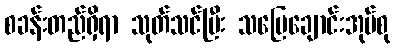
စခန်းတည်ရှိရာ သုတ်သင်ပြီး သပြေချောင်းအုပ်စု